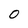
Character: 0